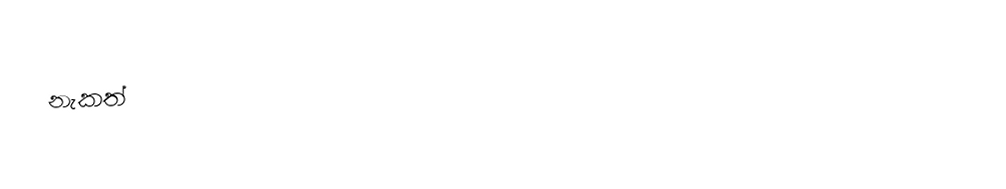
නැකත්